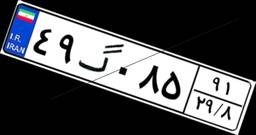
۴۹گ۰۸۵۹۱